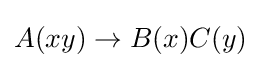
A(xy)\to B(x)C(y)